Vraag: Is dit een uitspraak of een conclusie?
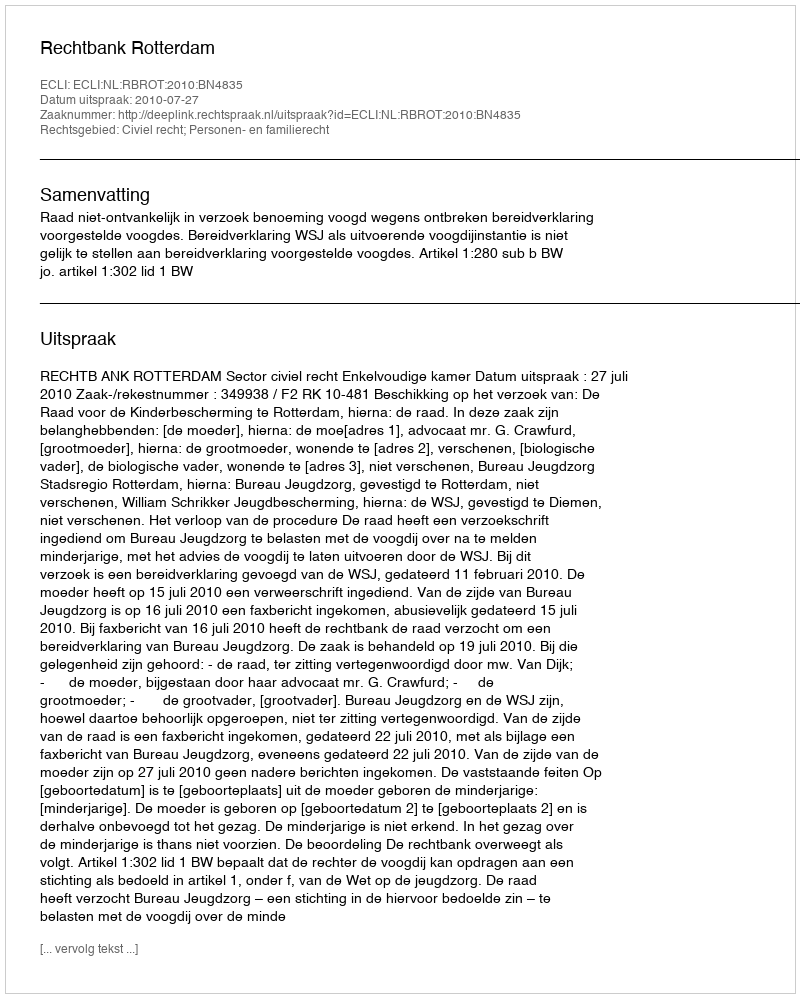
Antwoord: Uitspraak